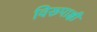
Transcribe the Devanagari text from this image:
विरूपाक्षी